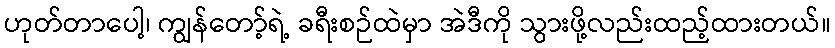
ဟုတ်တာပေါ့၊ ကျွန်တော့်ရဲ့ ခရီးစဉ်ထဲမှာ အဲဒီကို သွားဖို့လည်းထည့်ထားတယ်။